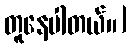
တူနေပါတယ်။]